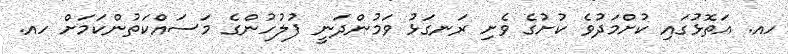
ހއ. އަތޮޅުގައި ކުށްމަދުވެ ކުށުގެ ވެށި ރަނގަޅު ވަމުންދަނީ ފުލުހުންގެ މަސައްކަތުންކަމަށް ހއ.